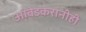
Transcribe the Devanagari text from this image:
आंबेडकरांनीही